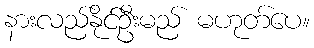
နားလည်နိုင်ဦးမည် မဟုတ်ပေ။